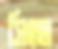
সিংহা